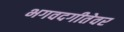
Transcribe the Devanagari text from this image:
भगवदगीतेवर